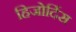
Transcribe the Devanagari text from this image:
हिजोर्दिस